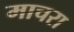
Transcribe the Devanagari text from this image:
माचरा